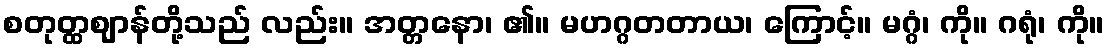
စတုတ္ထဈာန်တို့သည် လည်း။ အတ္တနော၊ ၏။ မဟဂ္ဂတတာယ၊ ကြောင့်။ မဂ္ဂံ၊ ကို။ ဂရုံ၊ ကို။